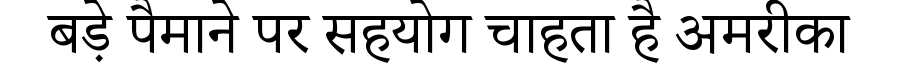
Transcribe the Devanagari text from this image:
बड़े पैमाने पर सहयोग चाहता है अमरीका